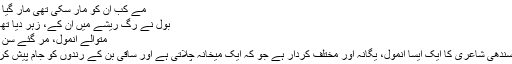
مے کب ان کو مار سکی تھی مار گیا اک بول
بول نے رگ ریشے میں ان کے، زہر دیا تھا گھول،
متوالے انمول، مر گئے سن کر بات
موکھی سندھی شاعری کا ایک ایسا انمول، یگانہ اور مختلف کردار ہے جو کہ ایک میخانہ چلاتی ہے اور ساقی بن کے رندوں کو جام پیش کرتی ہے۔